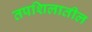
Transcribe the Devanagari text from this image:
तपशिलातील